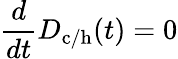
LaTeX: \frac{d}{dt}D_{\mathrm{c/h}}(t)=0